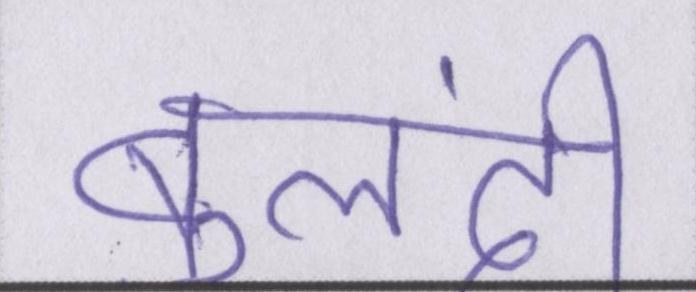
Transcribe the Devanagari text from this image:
बुलंदी